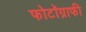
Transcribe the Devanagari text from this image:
फोटॉग्राफी